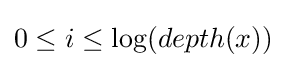
0\leq i\leq \log(depth(x))